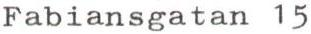
Fabiansgatan 15